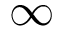
\infty